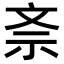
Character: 𭤕